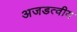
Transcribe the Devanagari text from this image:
अजडत्वीय